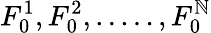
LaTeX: F_{0}^{1},F_{0}^{2},.....,F_{0}^{\mathbb{N}}